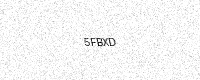
Text: 5FBXD